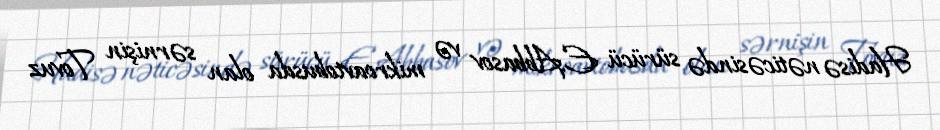
Hadisə nəticəsində sürücü E.Abbasov və mikroavtobusda olan sərnişin Tovuz